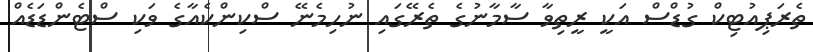
ތެރަޕިއުޓިކް ގުޑްސް އަކީ ރީތިވާ ސާމާނުގެ ތެރޭގައި ނުހިމެނޭ ސްކިންކެއާގެ ވަކި ސްޓެންޑަޑެއް